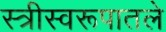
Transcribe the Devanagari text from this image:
स्त्रीस्वरूपातले